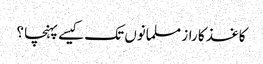
کاغذ کا راز مسلمانوں تک کیسے پہنچا ؟